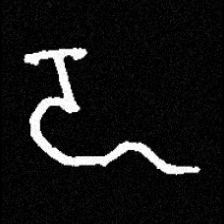
Pyu character \u2014 Myanmar letter: ဍ (romanized: dda)